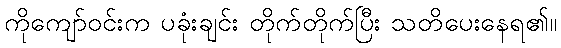
ကိုကျော်ဝင်းက ပခုံးချင်း တိုက်တိုက်ပြီး သတိပေးနေရ၏။